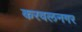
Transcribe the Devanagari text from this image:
करवलनगर